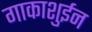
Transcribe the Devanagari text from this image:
गाकाशुईन